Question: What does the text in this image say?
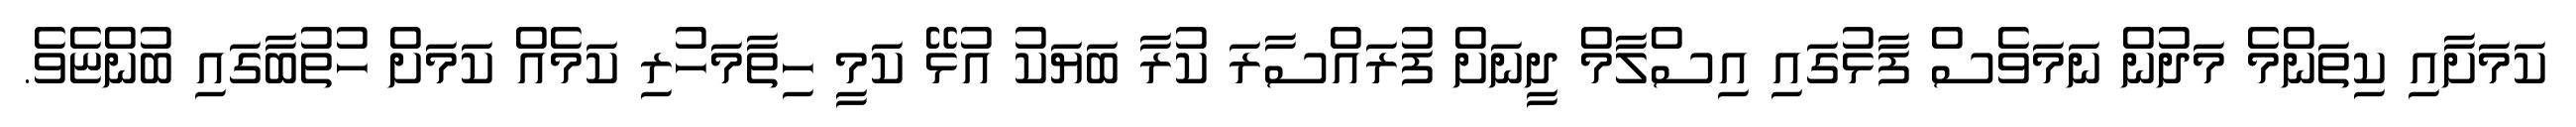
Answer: ކަމަށާއި ކިތަންމެ މަދުން ނަމަވެސް ފާޅުގައި އިސްލާމް ދީނަށް ފުރައްސާރަ ކުރާ ބަޔަކު އުޅޭ ކަމީ ހިތާމަހުރި ކަމެއް ކަމަށް ހުތުބާގައި ބުންޏެވެ.